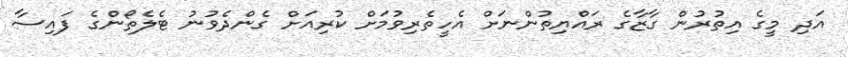
އަދި މީގެ އިތުރުން ގާޒާގެ ރައްޔިތުންނަށް އެހީތެރިވުމަށް ކުރިއަށް ގެންދެވުނު ޓެލެތޯންގެ ފައިސާ